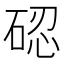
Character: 𱴋